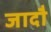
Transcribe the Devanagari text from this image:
जादौ